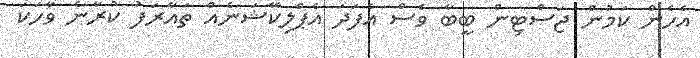
އެހެން ކަމުން ޖަސްޓިން ބީބާ ވެސް އެފަދަ އެޕްލިކޭޝަނެއް ތައާރަފު ކުރާނެ ވާހަކަ